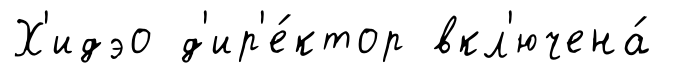
Х'идэо д'ир'е́ктор вкл'ючена́